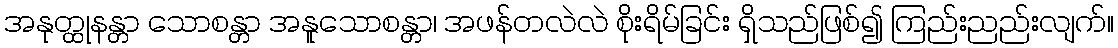
အနုတ္ထုနန္တာ သောစန္တာ အနူသောစန္တာ၊ အဖန်တလဲလဲ စိုးရိမ်ခြင်း ရှိသည်ဖြစ်၍ ကြည်းညည်းလျက်။